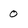
Character: 0